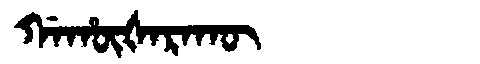
Manchu: ᡤᠠᡥᡡᡧᠠᡵᠠᡴᡡ
Romanization: GAHŪŠARAKŪ